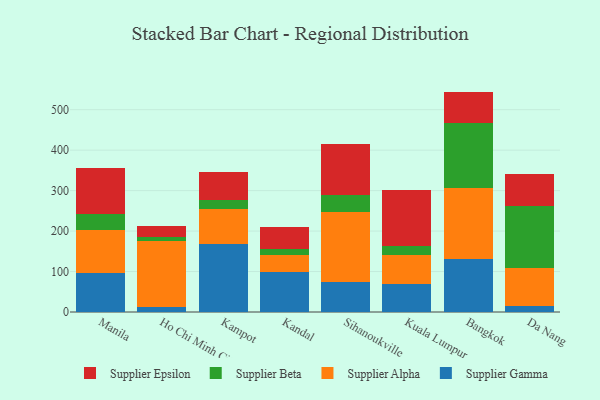
{"axis": {"x": "City", "y": "Tickets Resolved"}, "legend": ["Supplier Alpha", "Supplier Beta", "Supplier Epsilon", "Supplier Gamma"], "data": [{"x": "Manila", "y": 97.2, "type": "Supplier Gamma"}, {"x": "Manila", "y": 104.4, "type": "Supplier Alpha"}, {"x": "Manila", "y": 41.8, "type": "Supplier Beta"}, {"x": "Manila", "y": 113.5, "type": "Supplier Epsilon"}, {"x": "Ho Chi Minh City", "y": 12.4, "type": "Supplier Gamma"}, {"x": "Ho Chi Minh City", "y": 164.1, "type": "Supplier Alpha"}, {"x": "Ho Chi Minh City", "y": 8.9, "type": "Supplier Beta"}, {"x": "Ho Chi Minh City", "y": 27.0, "type": "Supplier Epsilon"}, {"x": "Kampot", "y": 167.8, "type": "Supplier Gamma"}, {"x": "Kampot", "y": 87.9, "type": "Supplier Alpha"}, {"x": "Kampot", "y": 20.0, "type": "Supplier Beta"}, {"x": "Kampot", "y": 70.3, "type": "Supplier Epsilon"}, {"x": "Kandal", "y": 99.1, "type": "Supplier Gamma"}, {"x": "Kandal", "y": 42.7, "type": "Supplier Alpha"}, {"x": "Kandal", "y": 13.6, "type": "Supplier Beta"}, {"x": "Kandal", "y": 55.3, "type": "Supplier Epsilon"}, {"x": "Sihanoukville", "y": 74.6, "type": "Supplier Gamma"}, {"x": "Sihanoukville", "y": 171.7, "type": "Supplier Alpha"}, {"x": "Sihanoukville", "y": 43.9, "type": "Supplier Beta"}, {"x": "Sihanoukville", "y": 125.0, "type": "Supplier Epsilon"}, {"x": "Kuala Lumpur", "y": 69.0, "type": "Supplier Gamma"}, {"x": "Kuala Lumpur", "y": 71.0, "type": "Supplier Alpha"}, {"x": "Kuala Lumpur", "y": 23.1, "type": "Supplier Beta"}, {"x": "Kuala Lumpur", "y": 137.5, "type": "Supplier Epsilon"}, {"x": "Bangkok", "y": 131.3, "type": "Supplier Gamma"}, {"x": "Bangkok", "y": 175.2, "type": "Supplier Alpha"}, {"x": "Bangkok", "y": 159.5, "type": "Supplier Beta"}, {"x": "Bangkok", "y": 78.7, "type": "Supplier Epsilon"}, {"x": "Da Nang", "y": 13.9, "type": "Supplier Gamma"}, {"x": "Da Nang", "y": 93.7, "type": "Supplier Alpha"}, {"x": "Da Nang", "y": 153.7, "type": "Supplier Beta"}, {"x": "Da Nang", "y": 80.8, "type": "Supplier Epsilon"}]}